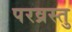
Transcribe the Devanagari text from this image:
परव्रस्तु